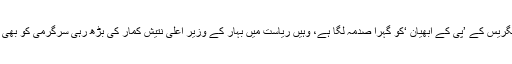
سماج وادی پارٹی کی اس عمل سے کانگریس کے ’پی کے ابھیان ‘کو گہرا صدمہ لگا ہے، وہیں ریاست میں بہار کے وزیر اعلیٰ نتیش کمار کی بڑھ رہی سرگرمی کو بھی ذات برادری کی بنیاد پر چوٹ لگی ہے۔